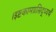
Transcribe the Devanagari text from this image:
।इष्टकामप्रसिद्ध्यर्थं